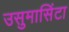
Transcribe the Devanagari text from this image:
उसुमासिंटा